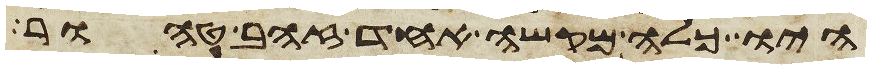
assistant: היו כלה מקשה אחד זהב טהור